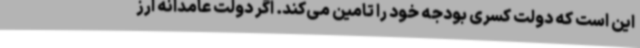
این است که دولت کسری بودجه خود را تامین می‌کند. اگر دولت عامدانه ارز